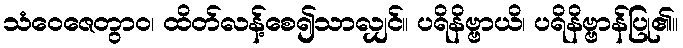
သံဝေဇေတွာဝ၊ ထိတ်လန့်စေ၍သာလျှင်။ ပရိနိဗ္ဗာယိ၊ ပရိနိဗ္ဗာန်ပြု၏။